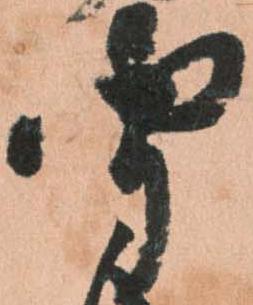
聞